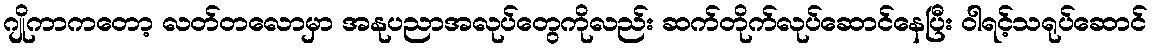
ဂျိုကာကတော့ လတ်တလောမှာ အနုပညာအလုပ်တွေကိုလည်း ဆက်တိုက်လုပ်ဆောင်နေပြီး ဝါရင့်သရုပ်ဆောင်